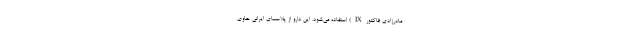
مادرزادی فاکتورIX) استفاده می‌شود. این دارو از پلاسمای ایرانی حاوی